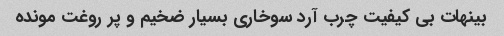
بینهات بی کیفیت چرب آرد سوخاری بسیار ضخیم و پر روغت مونده